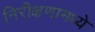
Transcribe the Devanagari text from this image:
निरीक्षणामध्ये